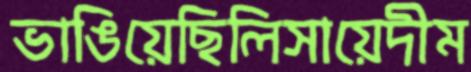
ভাঙিয়েছিলিসায়েদীম